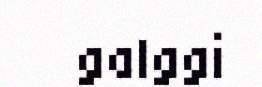
galggi